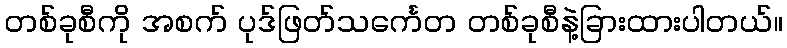
တစ်ခုစီကို အစက် ပုဒ်ဖြတ်သင်္ကေတ တစ်ခုစီနဲ့ခြားထားပါတယ်။